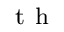
^ { \mathrm { ~ t ~ h ~ } }